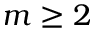
m \geq 2